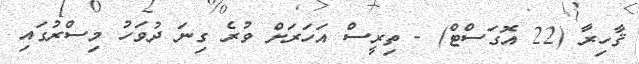
ޤާހިރާ (22 އޮގަސްޓް) - ތިރީސް އަހަރަށް ވުރެ ގިނަ ދުވަހު މިސްރުގައި